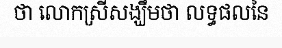
ថា លោកស្រីសង្ឃឹមថា លទ្ធផលនៃ